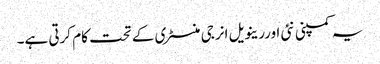
یہ کمپنی نئی اوررینویل انرجی منسٹری کے تحت کام کرتی ہے۔